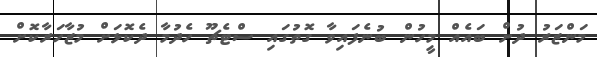
މަންޒަރު ދުށް ބައެއް މީހުން ބުނެފައިވާ ގޮތުގައި ސްޓެޗޫ ހެދުމާ ދެކޮޅަށް މުޒާހަރާކޮށް